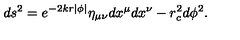
d s ^ { 2 } = e ^ { - 2 k r | \phi | } \eta _ { \mu \nu } d x ^ { \mu } d x ^ { \nu } - r _ { c } ^ { 2 } d \phi ^ { 2 } .